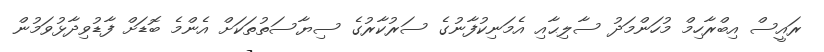
ރައީސް އިބްރާހިމް މުހަންމަދު ސާލިޙާއި އެމަނިކުފާނުގެ ސަރުކާރުގެ ސިޔާސަތުތަކަށް އެންމެ ބޮޑަށް ފާޑުވިދާޅުވަމުން